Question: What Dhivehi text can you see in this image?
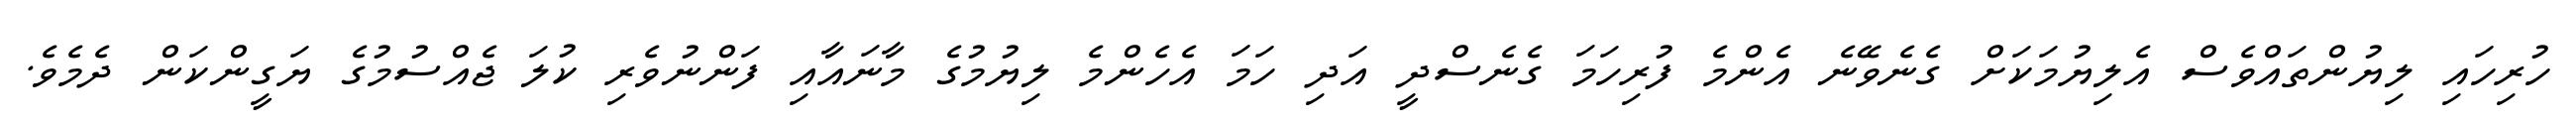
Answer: ހުރިހައި ލިޔުންތައްވެސް އެލިޔުމަކަށް ގެނެވޭނެ އެންމެ ފުރިހަމަ ގެނެސްދީ އަދި ހަމަ އެހެންމެ ލިޔުމުގެ މާނައާއި ފަންނުވެރި ކުލަ ޖެއްސުމުގެ ޔަގީންކަން ދެމެވެ.